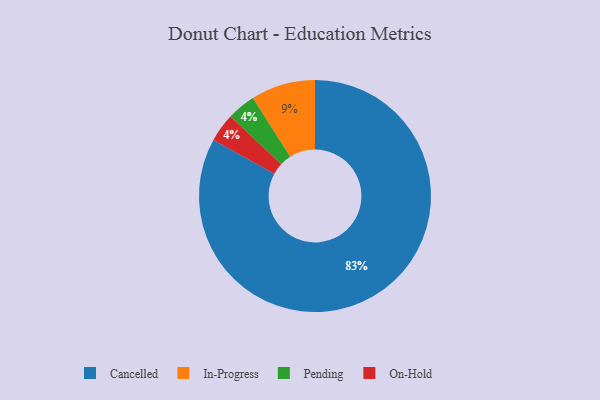
{"axis": {"x": "Category", "y": "Percentage"}, "legend": ["Cancelled", "In-Progress", "On-Hold", "Pending"], "data": [{"x": "Pending", "y": 4, "type": "Pending"}, {"x": "Cancelled", "y": 83, "type": "Cancelled"}, {"x": "On-Hold", "y": 4, "type": "On-Hold"}, {"x": "In-Progress", "y": 9, "type": "In-Progress"}]}